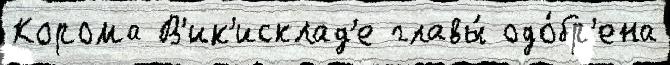
Корома В'ик'исклад'е главы́ одо́бр'ена